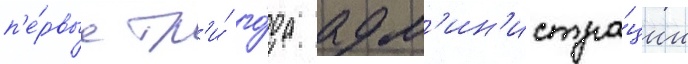
п'е́рвые тр'и́ го́да адм'ин'истра́ции